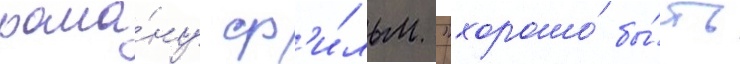
рома́ну ф'и́льм "хорошо́ бы́ть